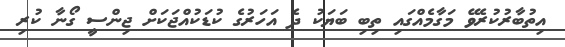
އިތުބާރުކުރެވޭ މަގާމެއްގައި ތިބި ބަޔަކު ދެ އަހަރުގެ ކުޑަކުއްޖަކަށް ޖިންސީ ގޯނާ ކުރި